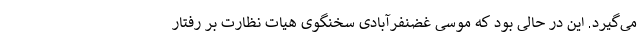
می‌گیرد. این در حالی بود که موسی غضنفرآبادی سخنگوی هیات نظارت بر رفتار